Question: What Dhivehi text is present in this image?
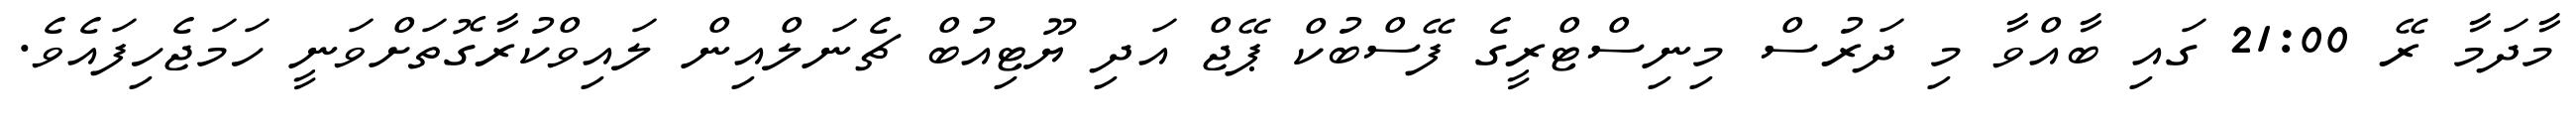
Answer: މާދަމާ ރޭ 21:00 ގައި ބާއްވާ މި ދަރުސް މިނިސްޓްރީގެ ފޭސްބުކް ޕޭޖް އަދި ޔޫޓިއުބް ޗެނަލްއިން ލައިވްކުރާގޮތަށްވަނީ ހަމަޖެހިފައެވެ.